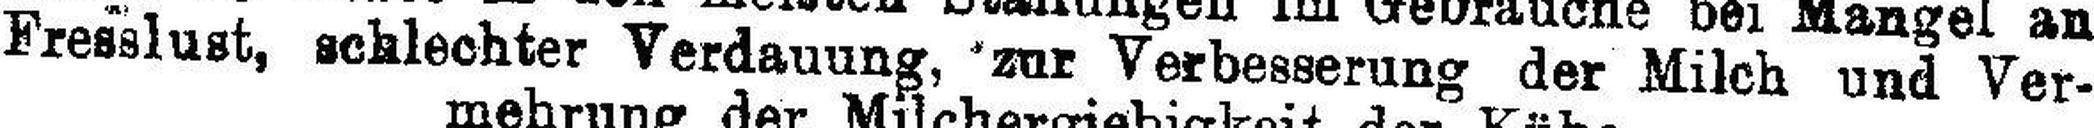
Fresslust, schlechter Verdauung, zur Verbesserung der Milch und Ver¬